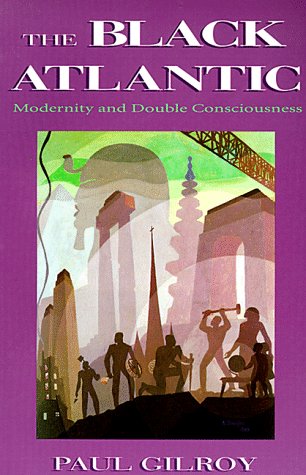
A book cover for The Black Atlantic: Modernity and Double-Consciousness; Paul Gilroy; Biographies & Memoirs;